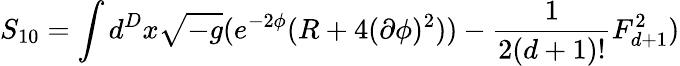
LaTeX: S_{10}=\int d^{D}x\sqrt{-g}(e^{-2\phi}(R+4(\partial\phi)^{2}))-\frac{1}{2(d+1)!}F_{d+1}^{2})